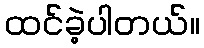
ထင်ခဲ့ပါတယ်။